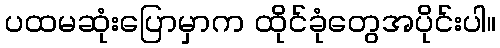
ပထမဆုံးပြောမှာက ထိုင်ခုံတွေအပိုင်းပါ။